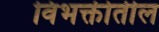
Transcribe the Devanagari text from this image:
विभक्तीतील